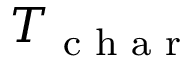
T _ { \textrm { c h a r } }